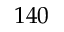
1 4 0